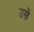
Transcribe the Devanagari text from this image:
उसेेेे